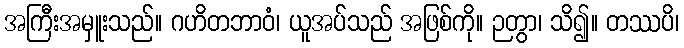
အကြီးအမှူးသည်။ ဂဟိတဘာဝံ၊ ယူအပ်သည် အဖြစ်ကို။ ဉတွာ၊ သိ၍။ တဿပိ၊